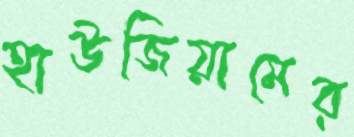
হাউজিয়ামের